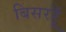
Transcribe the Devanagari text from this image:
बिसरहूँ